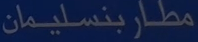
مطاربنسلیمان